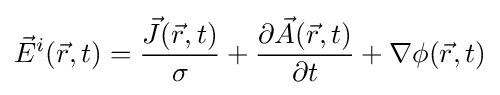
{\vec {E}}^{i}({\vec {r}},t)={\frac {{\vec {J}}({\vec {r}},t)}{\sigma }}+{\frac {\partial {\vec {A}}({\vec {r}},t)}{\partial t}}+\nabla \phi ({\vec {r}},t)